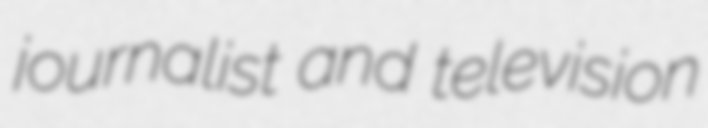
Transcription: journalist and television